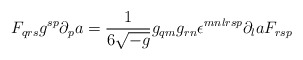
\begin{align*}F_{qrs} g^{sp} \partial_p a = {1 \over 6 \sqrt{-g}} g_{qm} g_{rn}\epsilon^{mnlrsp} \partial_l a F_{rsp}\end{align*}